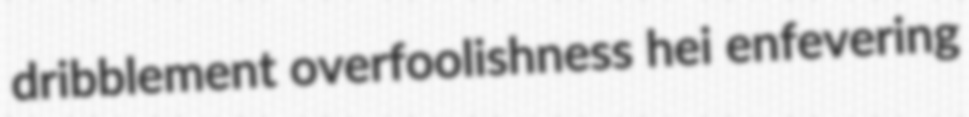
dribblement overfoolishness hei enfevering